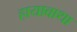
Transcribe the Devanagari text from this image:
हायावाथा